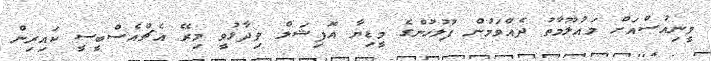
ވީނިއުސްއަށް މައުލޫމާތު ދެއްވަމުން ފުލުހުންގެ މީޑިޔާ އޮފިޝަލް ވިދާޅުވީ މިރޭ އެޗްއެސްބީސީ ކައިރިން